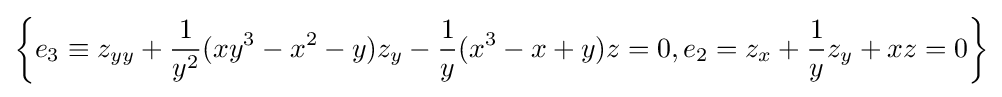
\left\{e_{3}\equiv z_{yy}+{\frac {1}{y^{2}}}(xy^{3}-x^{2}-y)z_{y}-{\frac {1}{y}}(x^{3}-x+y)z=0,e_{2}=z_{x}+{\frac {1}{y}}z_{y}+xz=0\right\}